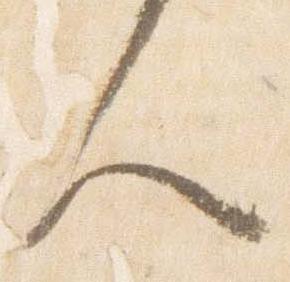
人